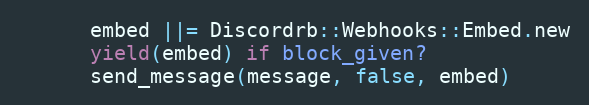
Language: Ruby
      embed ||= Discordrb::Webhooks::Embed.new
      yield(embed) if block_given?
      send_message(message, false, embed)